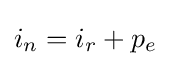
i_{n}=i_{r}+p_{e}\,\!